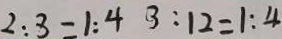
2 : 3 = 1 : 4 3 : 1 2 = 1 : 4